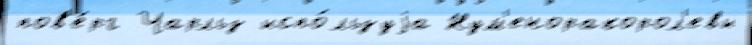
пов'е́рг Чарльз испо́льзуjа Нум'еноракорол'евы